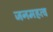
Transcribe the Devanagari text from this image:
जनमहत्व